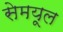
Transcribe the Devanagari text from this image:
सेमयूल